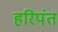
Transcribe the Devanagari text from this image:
हरिपंत